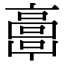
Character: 𩫖